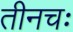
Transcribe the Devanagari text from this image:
तीनचः